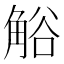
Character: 𧣳